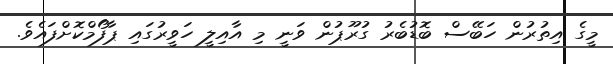
މީގެ އިތުރުން ހަބޭސް ބޮޑުބެރު ގުރޫޕުން ވަނީ މި އާއިލީ ހަވީރުގައި ޕާފޯމްކޮށްފައެވެ.